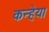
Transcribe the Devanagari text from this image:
कन्हेया